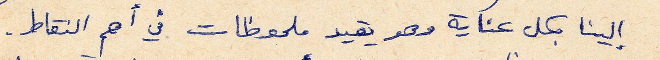
الينا بكل عناية وهو يقيد ملحوظات في اهم النقاط.